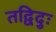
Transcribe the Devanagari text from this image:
तद्विदुः